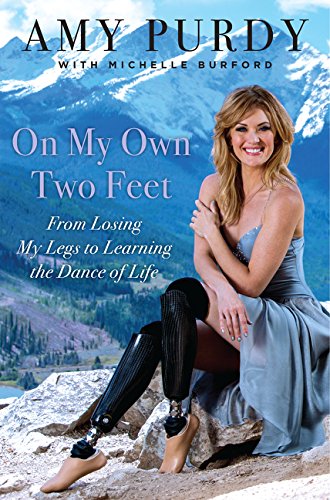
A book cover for On My Own Two Feet: From Losing My Legs to Learning the Dance of Life; Amy Purdy; Biographies & Memoirs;